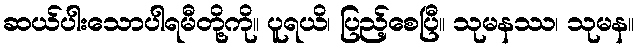
ဆယ်ပါးသောပါရမီတို့ကို။ ပူရယိ၊ ပြည့်စေပြီ။ သုမနဿ၊ သုမန။